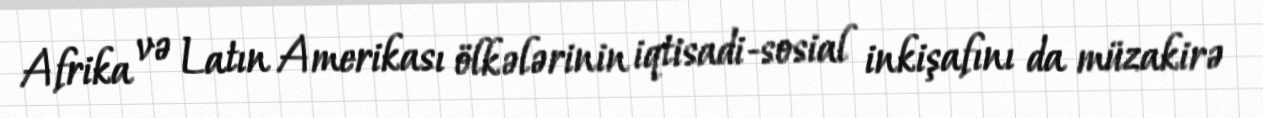
Afrika və Latın Amerikası ölkələrinin iqtisadi-sosial inkişafını da müzakirə